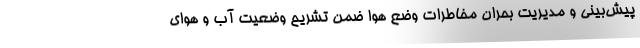
پیش‌بینی و مدیریت بحران مخاطرات وضع هوا ضمن تشریح وضعیت آب و هوای